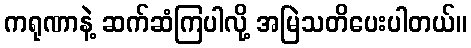
ကရုဏာနဲ့ ဆက်ဆံကြပါလို့ အမြဲသတိပေးပါတယ်။